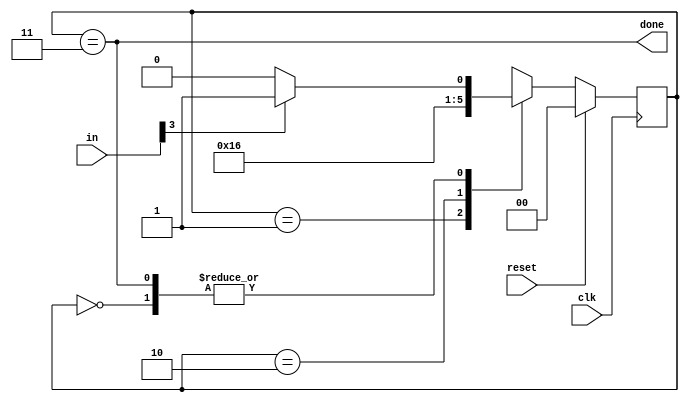
module top_module(
    input clk,
    input [7:0] in,
    input reset,    // Synchronous reset
    output done); //

    parameter BYTE1 = 0,BYTE2 = 1, BYTE3 = 2 , DONE = 3;
    reg[1:0] state,next_state;
    // State transition logic (combinational)
    always@(*)begin
        case(state)
            BYTE1:next_state = in[3] ? BYTE2 : BYTE1;
            BYTE2:next_state = BYTE3;
            BYTE3:next_state = DONE;
            DONE :next_state = in[3]?BYTE2:BYTE1;
        endcase
    end
    // State flip-flops (sequential)
    always@(posedge clk)begin
        if(reset)
            state <= BYTE1;
        else
            state <= next_state;
    end
    // Output logic
    assign done = (state == DONE);
endmodule